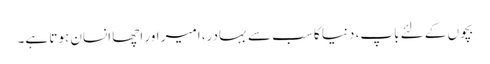
بچوں کے لئے باپ، دنیا کا سب سے بہادر، امیر اور اچھا انسان ہوتا ہے۔